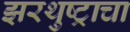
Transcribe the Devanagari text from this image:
झरथुष्ट्राचा